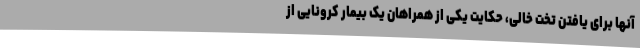
آنها برای یافتن تخت خالی، حکایت یکی از همراهان یک بیمار کرونایی از